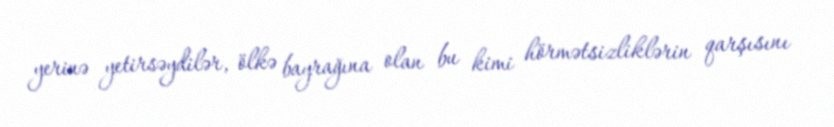
yerinə yetirsəydilər, ölkə bayrağına olan bu kimi hörmətsizliklərin qarşısını